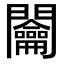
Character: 𨷲